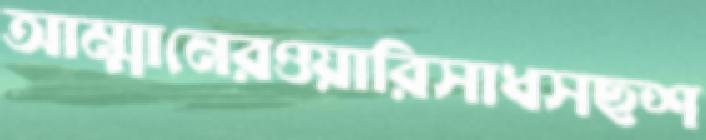
আম্মানেরওয়ারিসাধসছশ